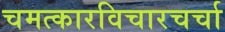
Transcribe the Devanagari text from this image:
चमत्कारविचारचर्चा